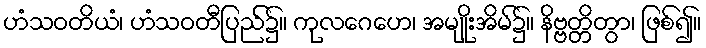
ဟံသဝတိယံ၊ ဟံသဝတီပြည်၌။ ကုလဂေဟေ၊ အမျိုးအိမ်၌။ နိဗ္ဗတ္တိတွာ၊ ဖြစ်၍။